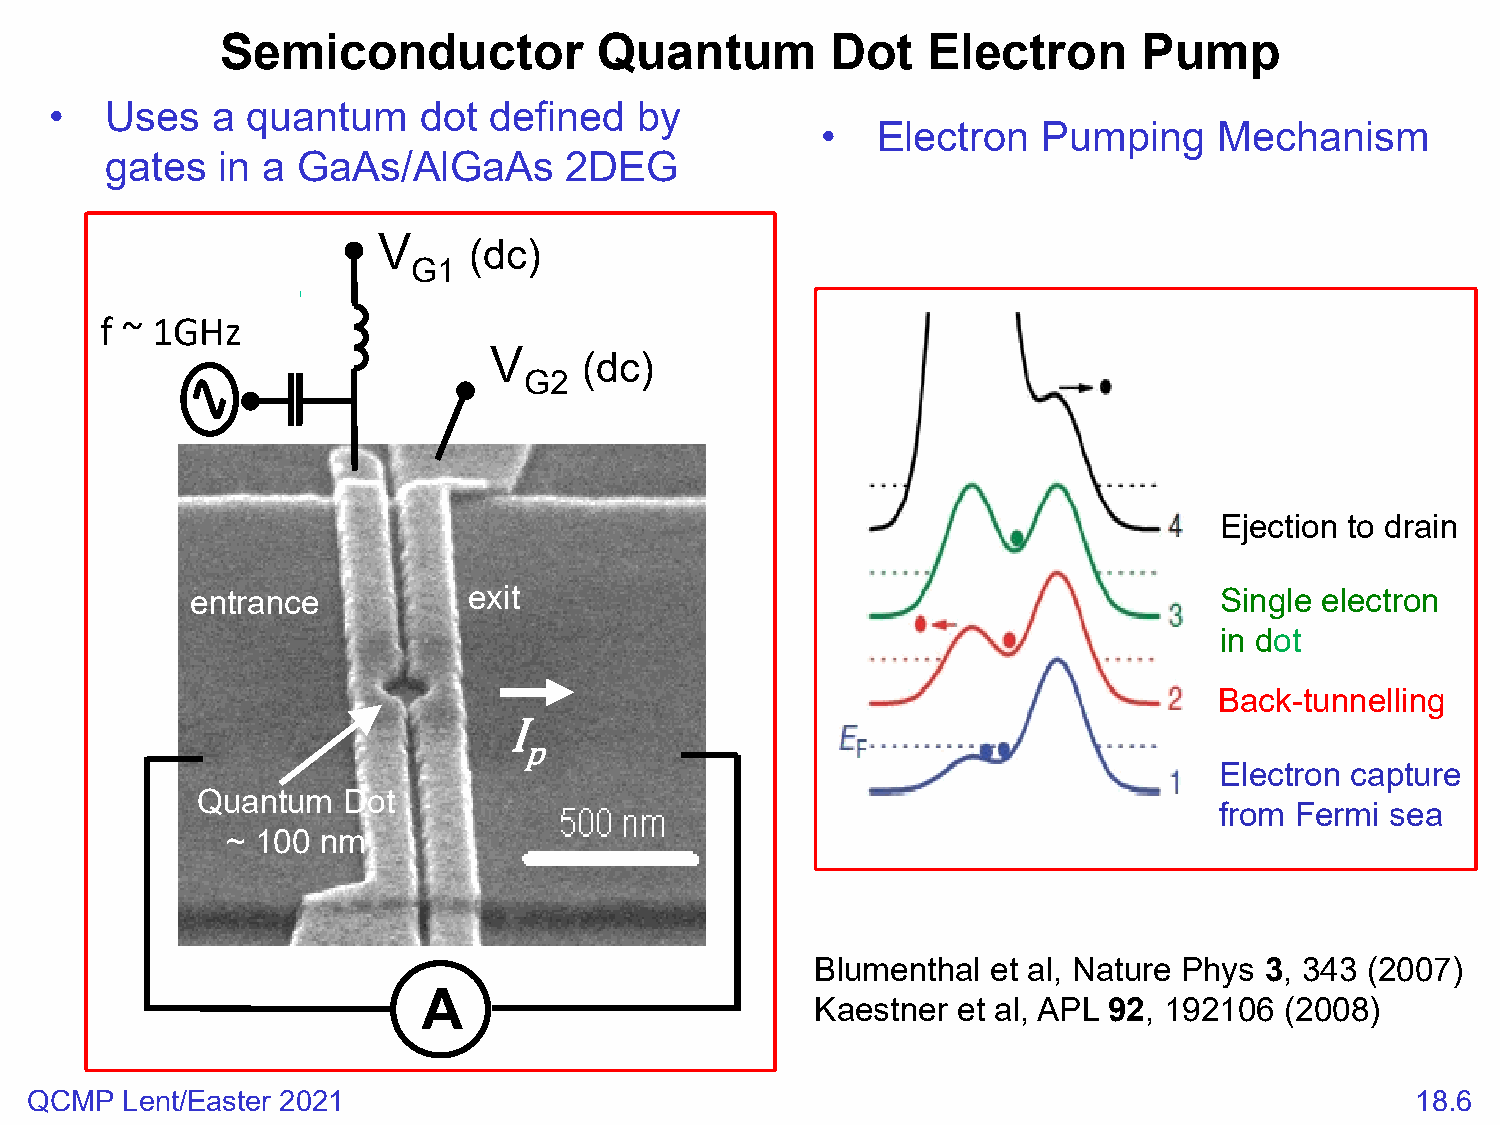
Semiconductor            Quantum        Dot   Electron       Pump
 •   Uses   a quantum     dot defined   by
 •   Electron   Pumping     Mechanism
 gates  in a  GaAs/AlGaAs      2DEG
 V     (dc)
 G1
 f ~ 1GHz
 V      (dc)
 G2
 Ejection to drain
 entrance          exit                                              Single electron
 in dot
 Back-tunnelling
 Electron capture
 Quantum   Dot
 from Fermi sea
 p
 ~ 100 nm        I
 Blumenthal  et al, Nature Phys 3, 343 (2007)
 A                         Kaestner et al, APL 92, 192106 (2008)
 QCMP  Lent/Easter 2021                                                                      18.6